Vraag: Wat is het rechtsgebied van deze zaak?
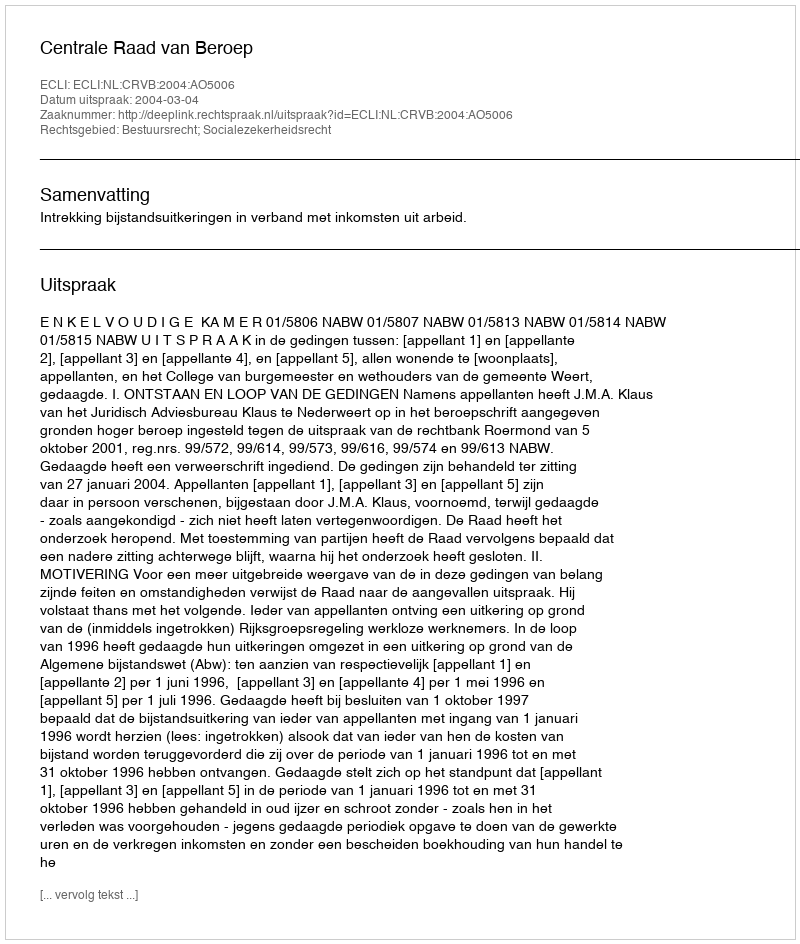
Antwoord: Bestuursrecht; Socialezekerheidsrecht